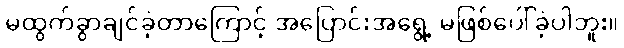
မထွက်ခွာချင်ခဲ့တာကြောင့် အပြောင်းအရွေ့ မဖြစ်ပေါ်ခဲ့ပါဘူး။